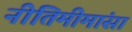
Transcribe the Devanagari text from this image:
नीतिमीमांसा